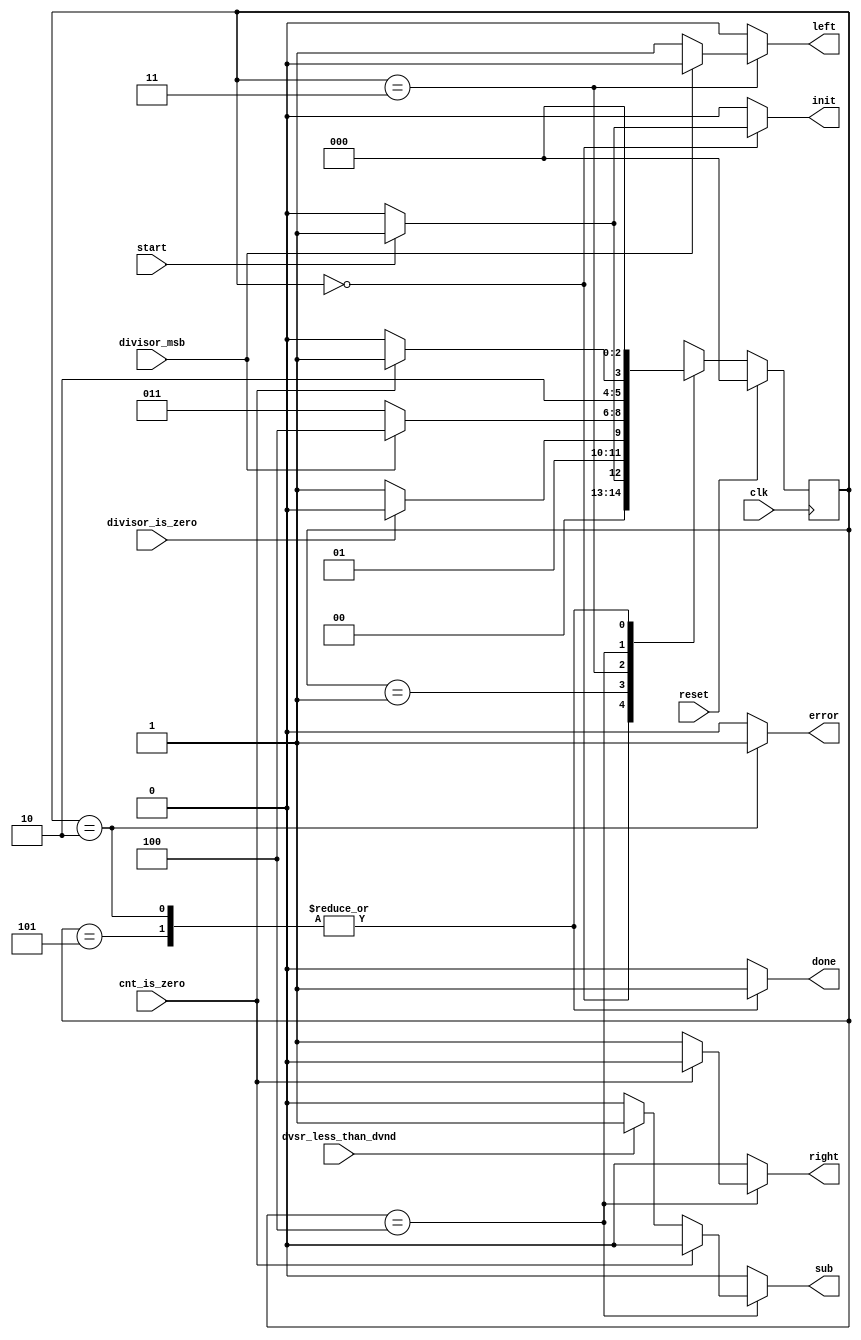
// Cris Droguett Noah Fishman
// Final Project
// EECE 573
// Controller

module controller
(
	input start, reset, clk,

	input divisor_is_zero, divisor_msb, cnt_is_zero, dvsr_less_than_dvnd,
	
	output done, error,
	
	output init, left, right, sub
	
);

reg out_init;
reg out_left;
reg out_right;
reg out_sub;
reg out_error;
reg out_done;

`define SWIDTH 3

parameter [`SWIDTH-1:0]
	ST_WAIT_FOR_START = `SWIDTH'd0,
	ST_CHECK_DIVIDE_BY_0 = `SWIDTH'd1,
	ST_ERROR = `SWIDTH'd2,
	ST_SHIFT_LEFT = `SWIDTH'd3,
	ST_SHIFT_RIGHT = `SWIDTH'd4,
	ST_NO_ERROR = `SWIDTH'd5;

reg [`SWIDTH-1:0] state, next_state; // Create our current and next state registers

//state register
always @(posedge clk) begin
	if(reset)
		state <= ST_WAIT_FOR_START;
	else
		state <= next_state; //Otherwise go to the next state 
end

//next state logic
always @(*)
begin
	out_init = 1'b0;
	out_left = 1'b0;
	out_right = 1'b0;
	out_sub = 1'b0;
	out_done = 1'b0;
	out_error = 1'b0;

	case(state)
	ST_WAIT_FOR_START:
	begin
		if(start)
		begin
			next_state <= ST_CHECK_DIVIDE_BY_0;
			out_init  <= 1;
		end
		else 
			next_state <= ST_WAIT_FOR_START;
	end
	ST_CHECK_DIVIDE_BY_0:
	begin
		if(divisor_is_zero)
			next_state <= ST_ERROR;
		else
			next_state <= ST_SHIFT_LEFT;
	end
	ST_ERROR:
	begin
		out_done <= 1;
		out_error <= 1;
		next_state <= ST_WAIT_FOR_START;

	end
	ST_SHIFT_LEFT:
	begin
		if(divisor_msb)
			next_state <= ST_SHIFT_RIGHT;
		else
		begin
			next_state <= ST_SHIFT_LEFT;
			out_left <= 1;
		end
			
	end
	ST_SHIFT_RIGHT:
	begin
		if(cnt_is_zero)
		begin
			next_state <= ST_NO_ERROR;
			out_right <= 0;
		end
		else 
		begin
			if ((dvsr_less_than_dvnd))
				out_sub	<= 1;
			out_right <= 1;
			next_state <= ST_SHIFT_RIGHT;
		end
	
	end
	ST_NO_ERROR:	
	begin
		out_error <= 0;
		out_done <= 1;
		next_state <= ST_WAIT_FOR_START;

	end
	default:
		next_state = {`SWIDTH{1'bx}};
	endcase

end

//output logic
	assign init = out_init;
	assign left = out_left;
	assign right = out_right;
	assign sub = out_sub;
	assign error = out_error;
	assign done = out_done;

endmodule